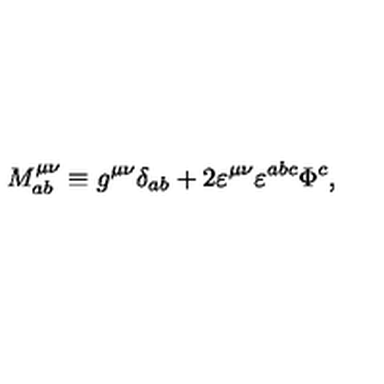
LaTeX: M _ { a b } ^ { \mu \nu } \equiv g ^ { \mu \nu } \delta _ { a b } + 2 \varepsilon ^ { \mu \nu } \varepsilon ^ { a b c } \Phi ^ { c } ,